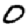
Digit: 0